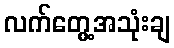
လက်တွေ့အသုံးချ